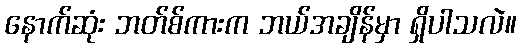
နောက်ဆုံး ဘတ်စ်ကားက ဘယ်အချိန်မှာ ရှိပါသလဲ။